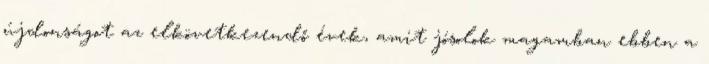
újdonságot az elkövetkezendő évek, amit jósolok magamban ebben a